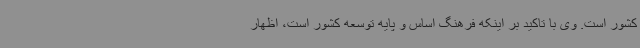
کشور است. وی با تاکید بر اینکه فرهنگ اساس و پایه توسعه کشور است، اظهار